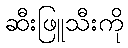
ဆီးဖြူသီးကို